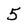
Character: 5